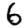
Digit: 6